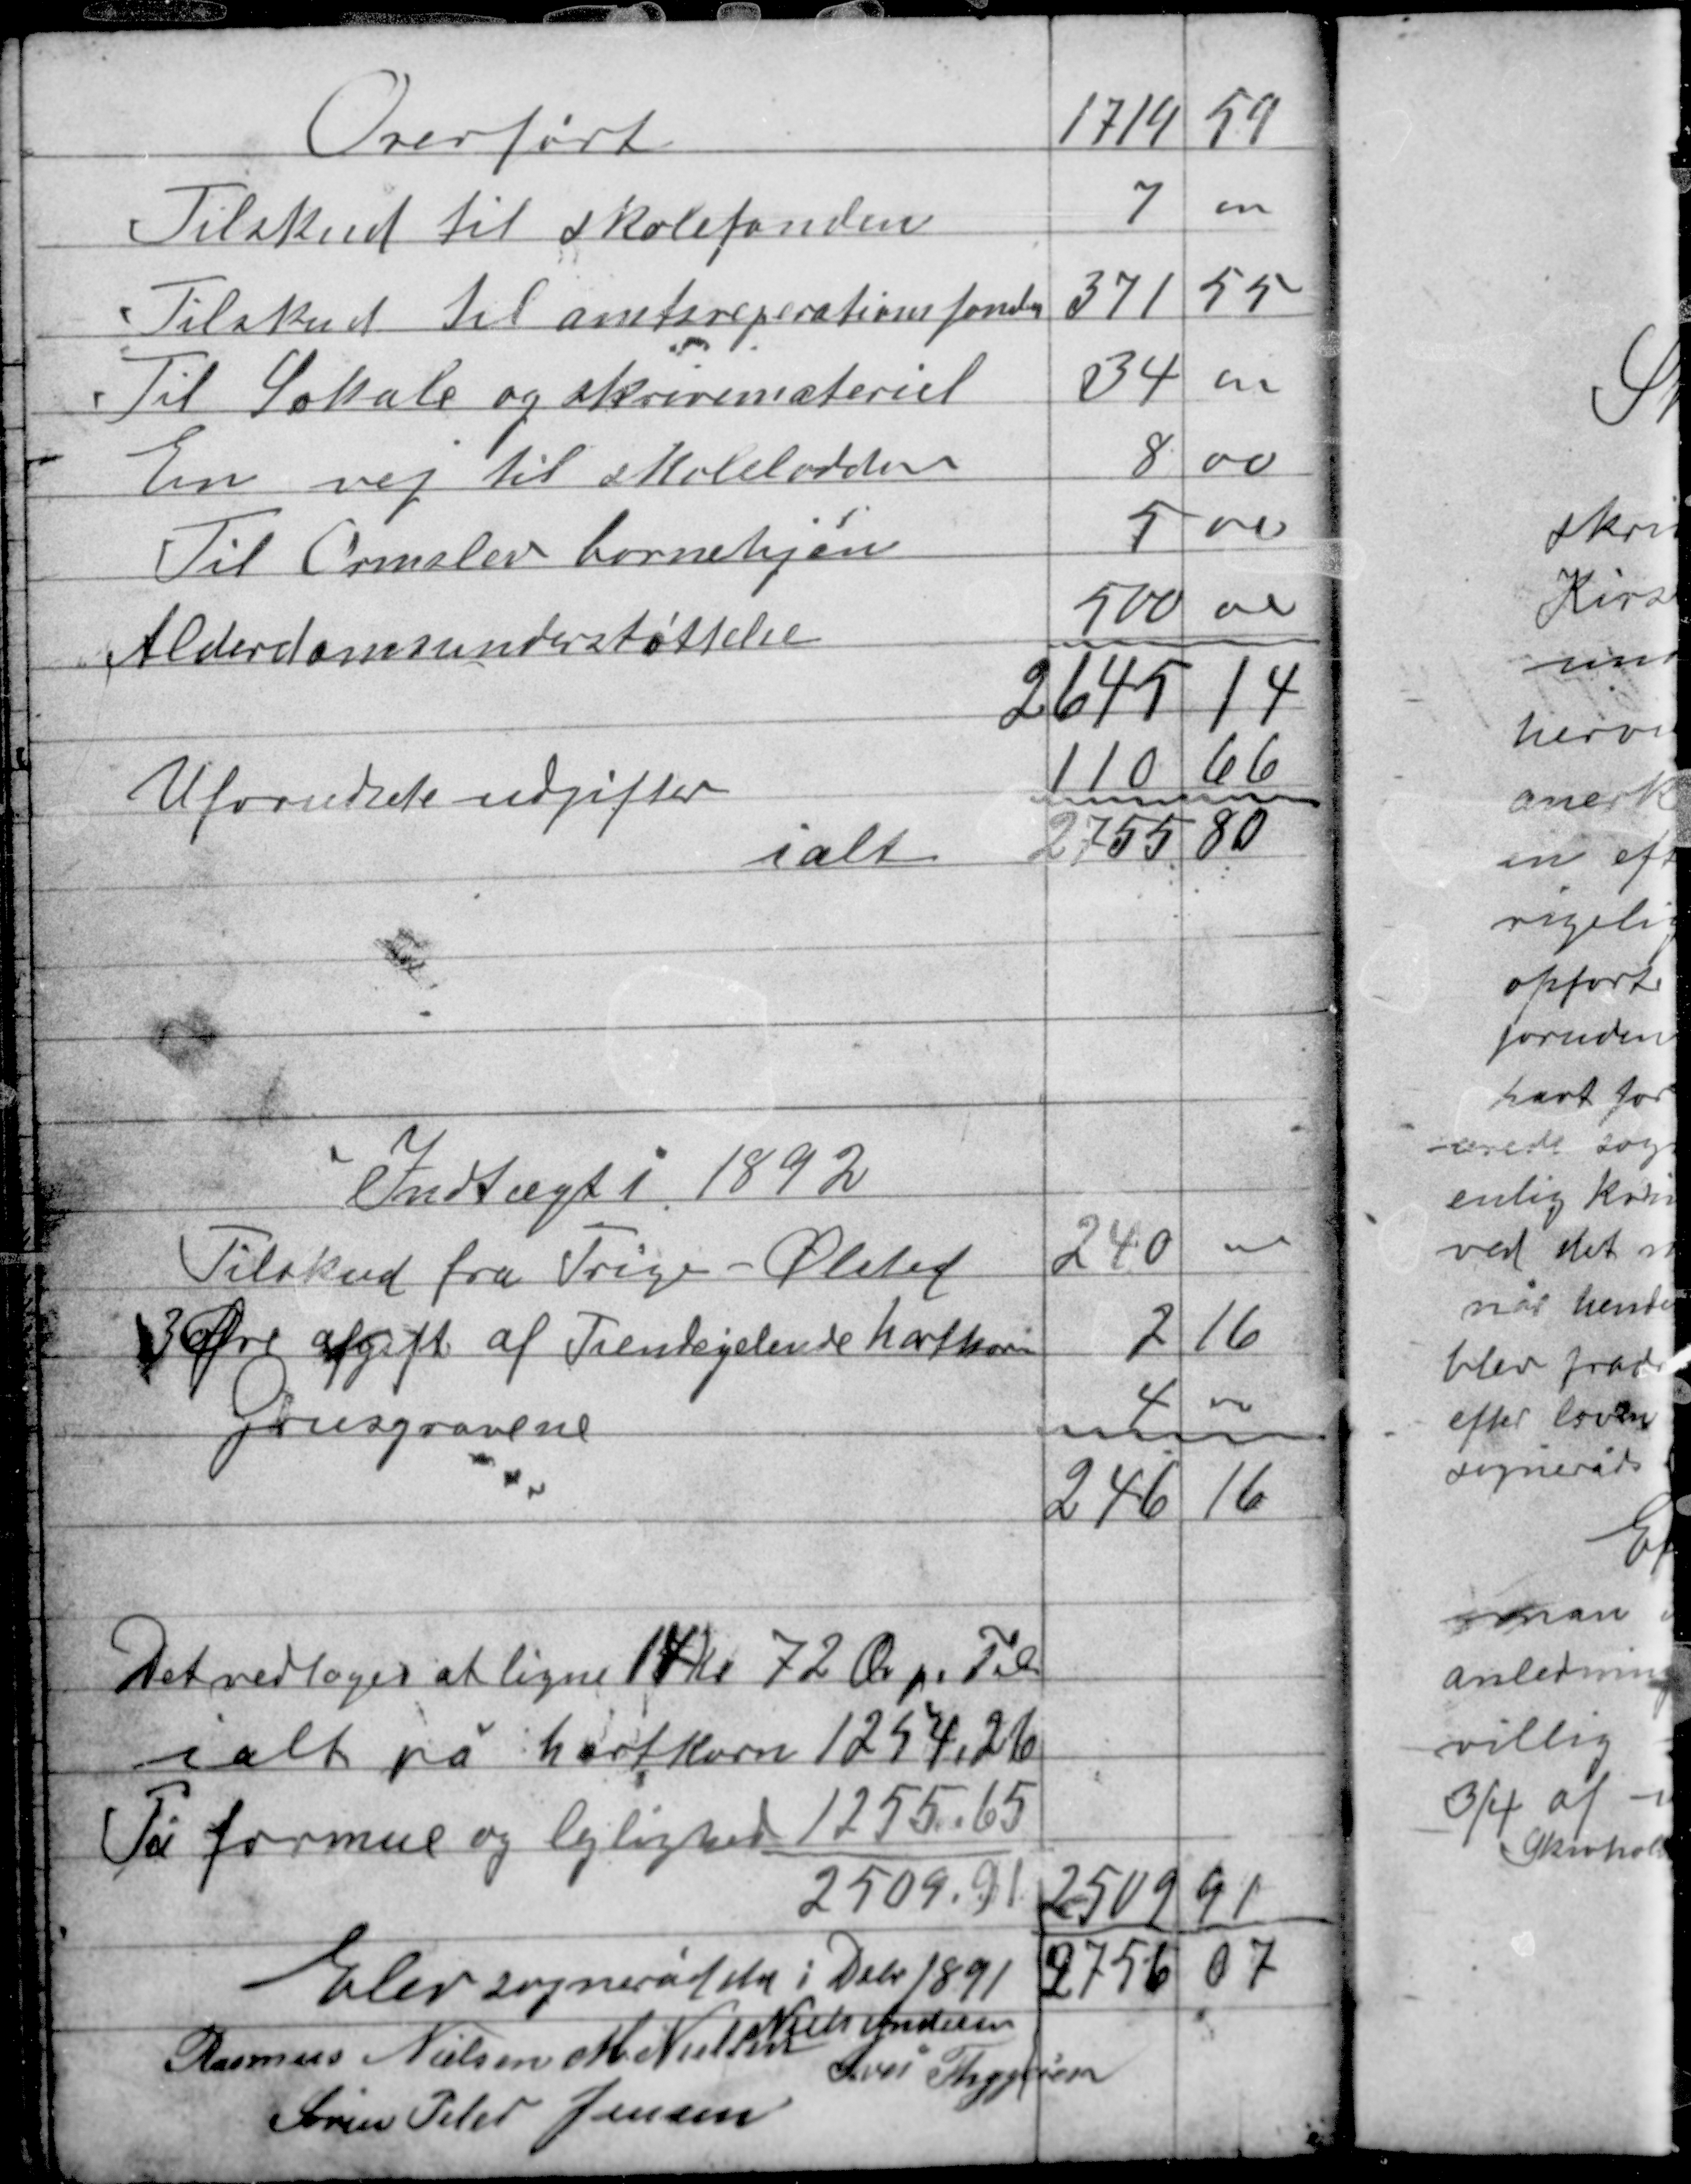
Transskription:
Det vedtoges at ligne 17 Kr 72 Øre pr Til
ialt på hartkorn 1254,26
På formue og lejlighed 1255,65
2509,91

2509,91
2756,07

Elev sogneråd den i Debr 1891

Niels Andersen
Rasmus Nielsen M. Nielsen
Iver Thygesen
Søren Peter Jensen